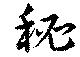
秘